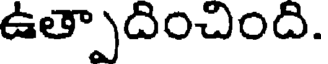
ఉత్పాదించింది.